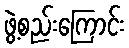
ဖွဲ့စည်းကြောင်း